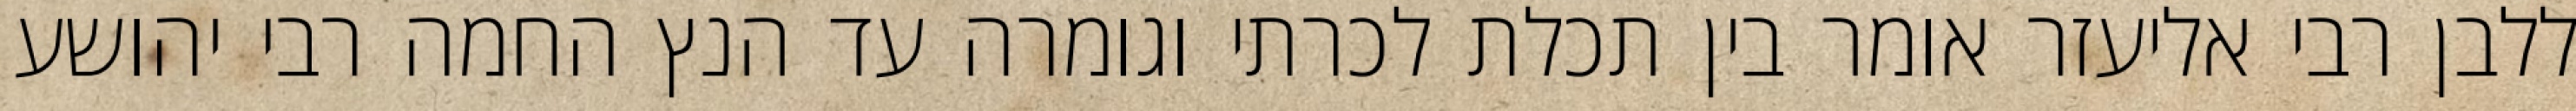
ללבן רבי אליעזר אומר בין תכלת לכרתי וגומרה עד הנץ החמה רבי יהושע